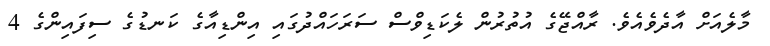
މާލެއަށް އާދެވެއެވެ. ރާއްޖޭގެ އުތުރުން ލެކަޑިވްސް ސަރަހައްދުގައި އިންޑިއާގެ ކަނޑުގެ ސިފައިންގެ 4